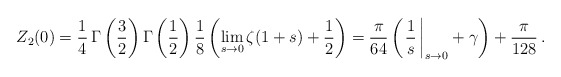
\begin{align*}Z_2(0)=\frac{1}{4}\,\Gamma\left(\frac{3}{2}\right)\Gamma\left(\frac{1}{2}\right) \frac{1}{8}\left(\lim_{s\to0}^{}\zeta(1+s)+\frac{1}{2}\right)=\frac{\pi}{64}\left(\left.\frac{1}{s}\,\right|_{s\to0}+\gamma\right)+\frac{\pi}{128}\,{.}\end{align*}